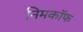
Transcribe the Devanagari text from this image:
निमकॉफ